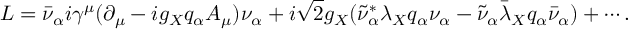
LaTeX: { \cal L } = \bar { \nu } _ { \alpha } i \gamma ^ { \mu } ( \partial _ { \mu } - i g _ { X } q _ { \alpha } A _ { \mu } ) \nu _ { \alpha } + i \sqrt 2 g _ { X } ( \tilde { \nu } _ { \alpha } ^ { \ast } \lambda _ { X } q _ { \alpha } \nu _ { \alpha } - \tilde { \nu } _ { \alpha } \bar { \lambda } _ { X } q _ { \alpha } \bar { \nu } _ { \alpha } ) + \cdots .